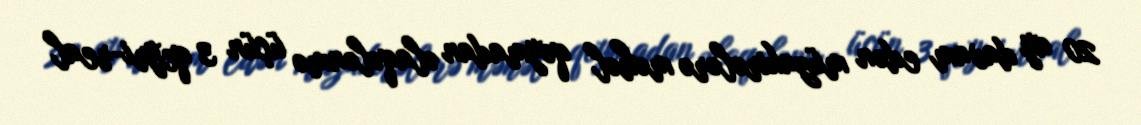
20 ay davam edən müzakirələrə məhəl qoymadan əlaqələnmə üçün 3 qeyri-real